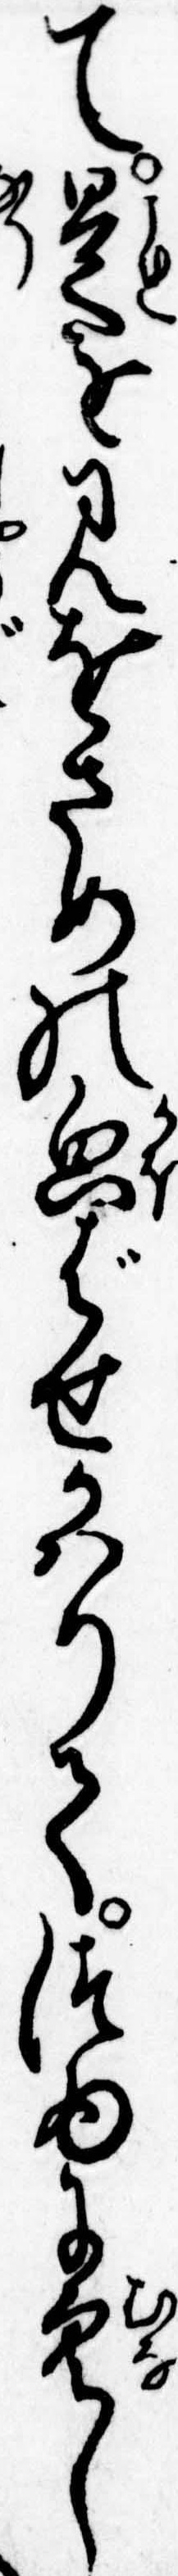
て是を見をさめの貌ばせかはりてつゐに空し